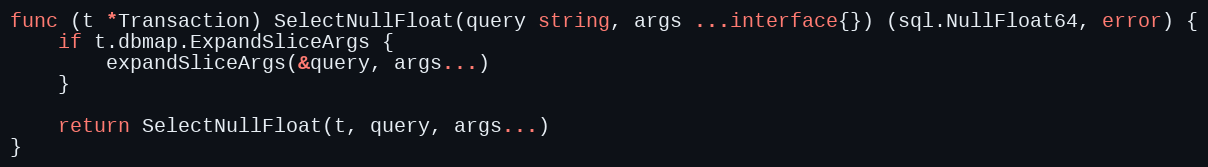
Language: Go
func (t *Transaction) SelectNullFloat(query string, args ...interface{}) (sql.NullFloat64, error) {
	if t.dbmap.ExpandSliceArgs {
		expandSliceArgs(&query, args...)
	}

	return SelectNullFloat(t, query, args...)
}